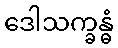
ဒေါသက္ခန္ဓံ